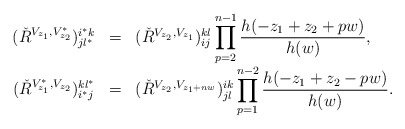
\begin{align*}\begin{array}{rcl}(\check{R}^{V_{z_1 }, V^{*}_{z_{2}}})^{i^* k}_{jl^* } & = &(\check{R}^{V_{z_2 }, V_{z_1 }})^{kl}_{ij}\displaystyle\prod_{p=2}^{n-1} \frac{h(-z_1 +z_2 +pw)}{h(w)}, \\(\check{R}^{V^{*}_{z_1 }, V_{z_{2}}})_{i^* j}^{kl^* } & = &(\check{R}^{V_{z_2 }, V_{z_1 +nw}})_{jl}^{ik}\displaystyle\prod_{p=1}^{n-2} \frac{h(-z_1 +z_2 -pw)}{h(w)}.\end{array}\end{align*}